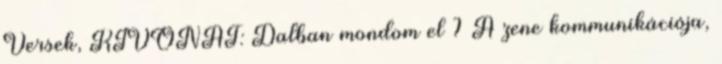
Versek, KIVONAT: Dalban mondom el ? A zene kommunikációja,